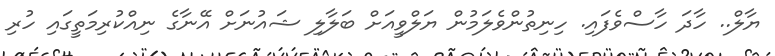
ޔާލް.. ހާދަ ހާސްވެފައި. ހިނިތުންވެލަމުން ޔަލްވީއަށް ބަލާލި ޝައުނަށް އޭނާގެ ނިއްކުރިމަތީގައި ހުރި